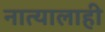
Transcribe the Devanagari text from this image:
नात्यालाही